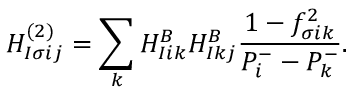
H _ { I \sigma i j } ^ { ( 2 ) } = \sum _ { k } H _ { I i k } ^ { B } H _ { I k j } ^ { B } \frac { 1 - f _ { \sigma i k } ^ { 2 } } { P _ { i } ^ { - } - P _ { k } ^ { - } } .